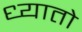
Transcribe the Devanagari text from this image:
ध्यातो